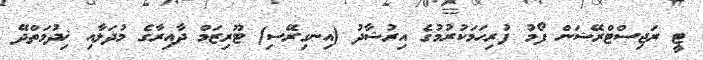
ޓީ ރަޖިސްޓްރޭޝަން ފޯމު ފުރިހަމަކުރުމުގެ އިރުޝާދު (އިނގިރޭސި) ޓޫރިޒަމް ދާއިރާގެ މުދަލާއި ޚިދުމަތްދޭ